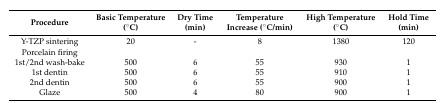
| Procedure | Basic Temperature (°C) | Dry Time (min) | Temperature Increase (°C/min) | High Temperature (°C) | Hold Time (min) |
 | --- | --- | --- | --- | --- | --- |
 | Y-TZP sintering | 20 | - | 8 | 1380 | 120 |
 | Porcelain firing |  |  |  |  |  |
 | 1st/2nd wash-bake | 500 | 6 | 55 | 930 | 1 |
 | 1st dentin | 500 | 6 | 55 | 910 | 1 |
 | 2nd dentin | 500 | 6 | 55 | 900 | 1 |
 | Glaze | 500 | 4 | 80 | 900 | 1 |